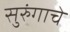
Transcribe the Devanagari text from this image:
सुरुंगाचे